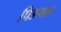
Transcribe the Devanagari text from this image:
पिङगल